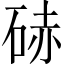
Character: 硳